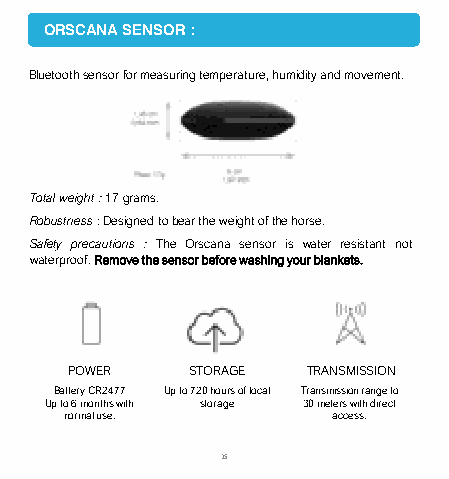
ORSCANA SENSOR :
 Bluetooth sensor for measuring temperature, humidity and movement.
 Totalweight:17grams.
 Robustness:Designedtobeartheweightofthehorse.
 Safety precautions : The Orscana sensor is water resistant not
 waterproof.Removethesensorbeforewashingyourblankets.
 POWER  STORAGE TRANSMISSION
 Battery CR2477 Up to 720 hours of local Transmission range to
 Up to 6 months with storage 30 meters with direct
 normal use.       access.
 15